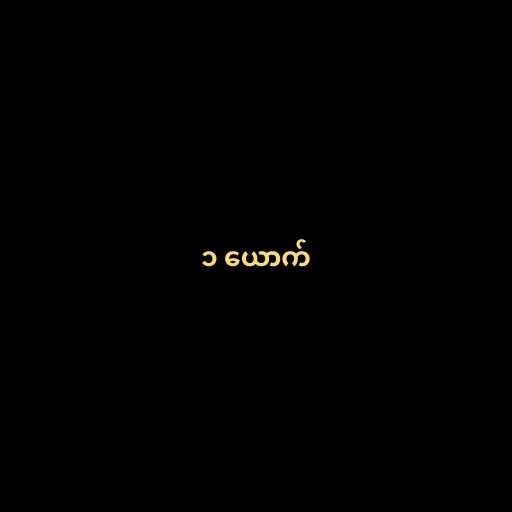
၁ ယောက်